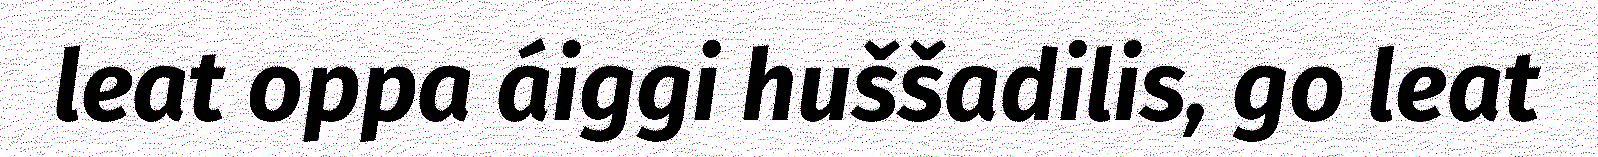
leat oppa áiggi huššadilis, go leat